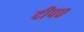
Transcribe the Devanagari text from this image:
दीप०